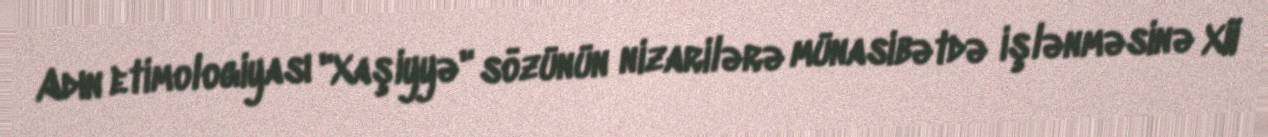
Adın etimologiyası "Xaşiyyə" sözünün nizarilərə münasibətdə işlənməsinə XII